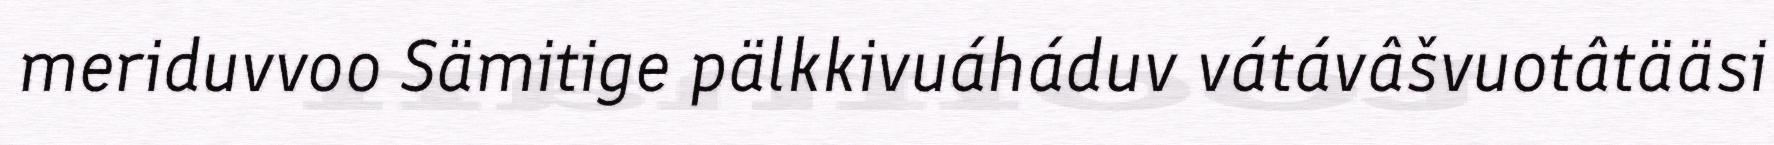
meriduvvoo Sämitige pälkkivuáháduv vátávâšvuotâtääsi